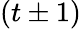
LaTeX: (t\pm 1)